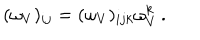
( \omega _ { V } ) _ { i j } = ( \omega _ { V } ) _ { i j k } \omega _ { V } ^ { k } \, .